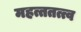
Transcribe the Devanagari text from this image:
महत्ततत्त्व